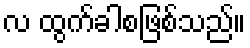
လ ထွက်ခါစဖြစ်သည်။